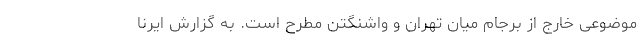
موضوعی خارج از برجام میان تهران و واشنگتن مطرح است. به گزارش ایرنا